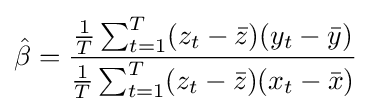
{\hat {\beta }}={\frac {{\tfrac {1}{T}}\sum _{t=1}^{T}(z_{t}-{\bar {z}})(y_{t}-{\bar {y}})}{{\tfrac {1}{T}}\sum _{t=1}^{T}(z_{t}-{\bar {z}})(x_{t}-{\bar {x}})}}\